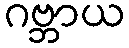
ဂဗ္ဘာယ